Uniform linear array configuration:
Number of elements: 64
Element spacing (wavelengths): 0.25
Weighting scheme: cosine
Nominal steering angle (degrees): -45
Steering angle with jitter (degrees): -45.374
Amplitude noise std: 0.05
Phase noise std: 0.05

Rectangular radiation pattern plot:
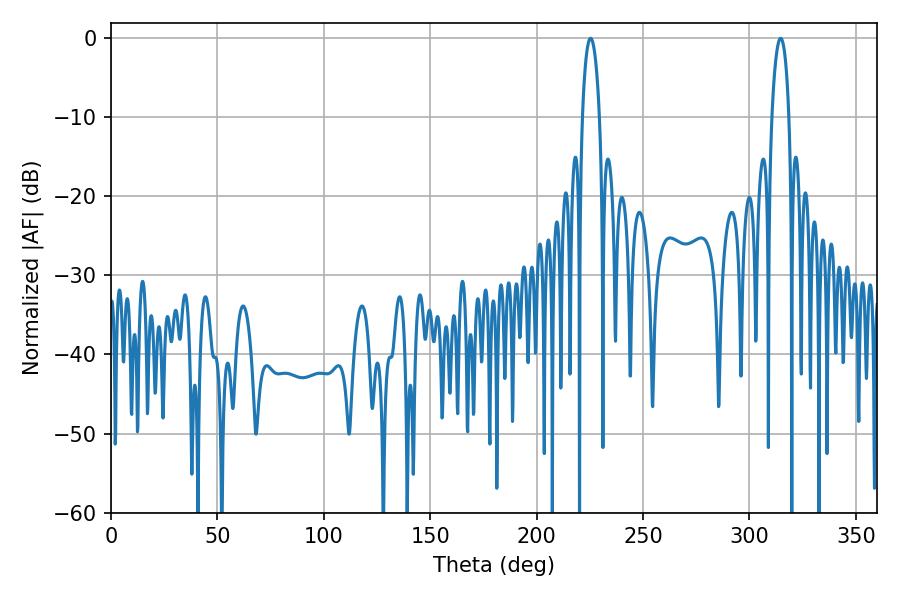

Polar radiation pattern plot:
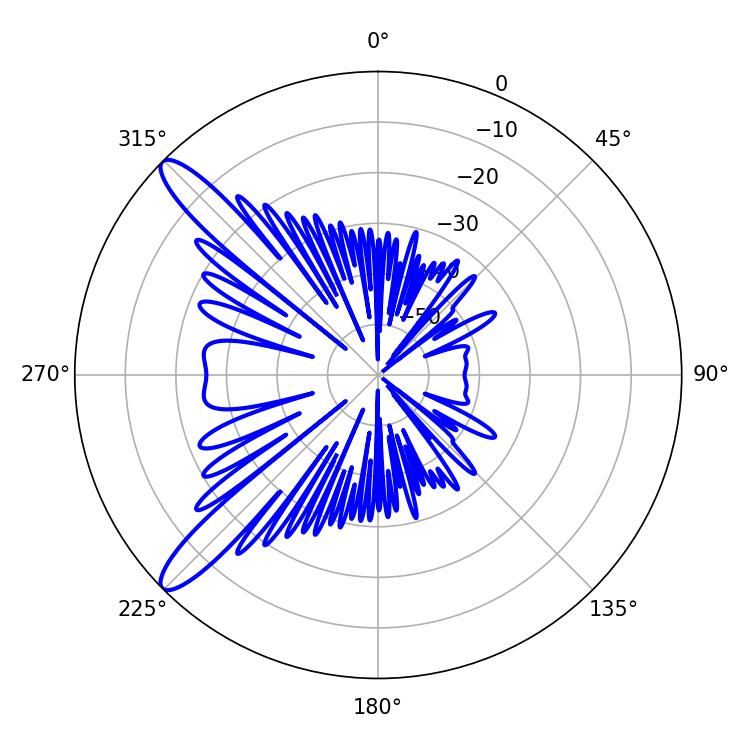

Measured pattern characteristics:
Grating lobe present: FALSE
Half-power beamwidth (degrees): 4.5
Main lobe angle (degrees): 225.36